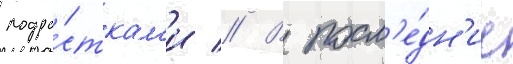
подро́сткам'и // В посл'е́дн'ие